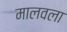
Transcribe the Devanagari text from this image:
मालवला